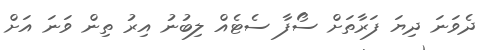
ދެވަނަ ދިޔަ ފަރާތަށް ސޯފާ ސެޓެއް ލިބުނު އިރު ތިން ވަނަ އަށް